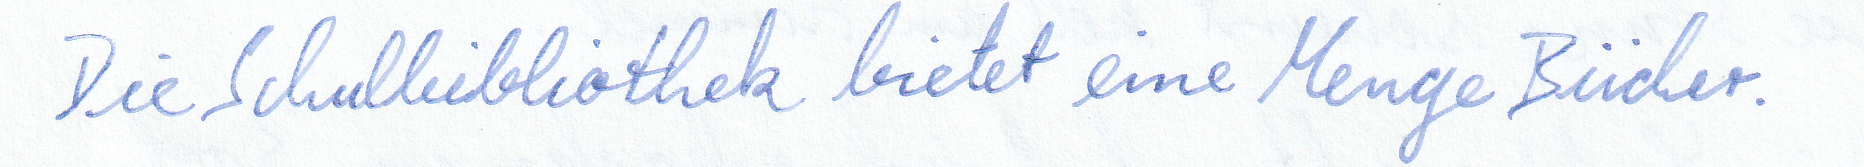
Die Schulbibliothek bietet eine Menge Bücher.